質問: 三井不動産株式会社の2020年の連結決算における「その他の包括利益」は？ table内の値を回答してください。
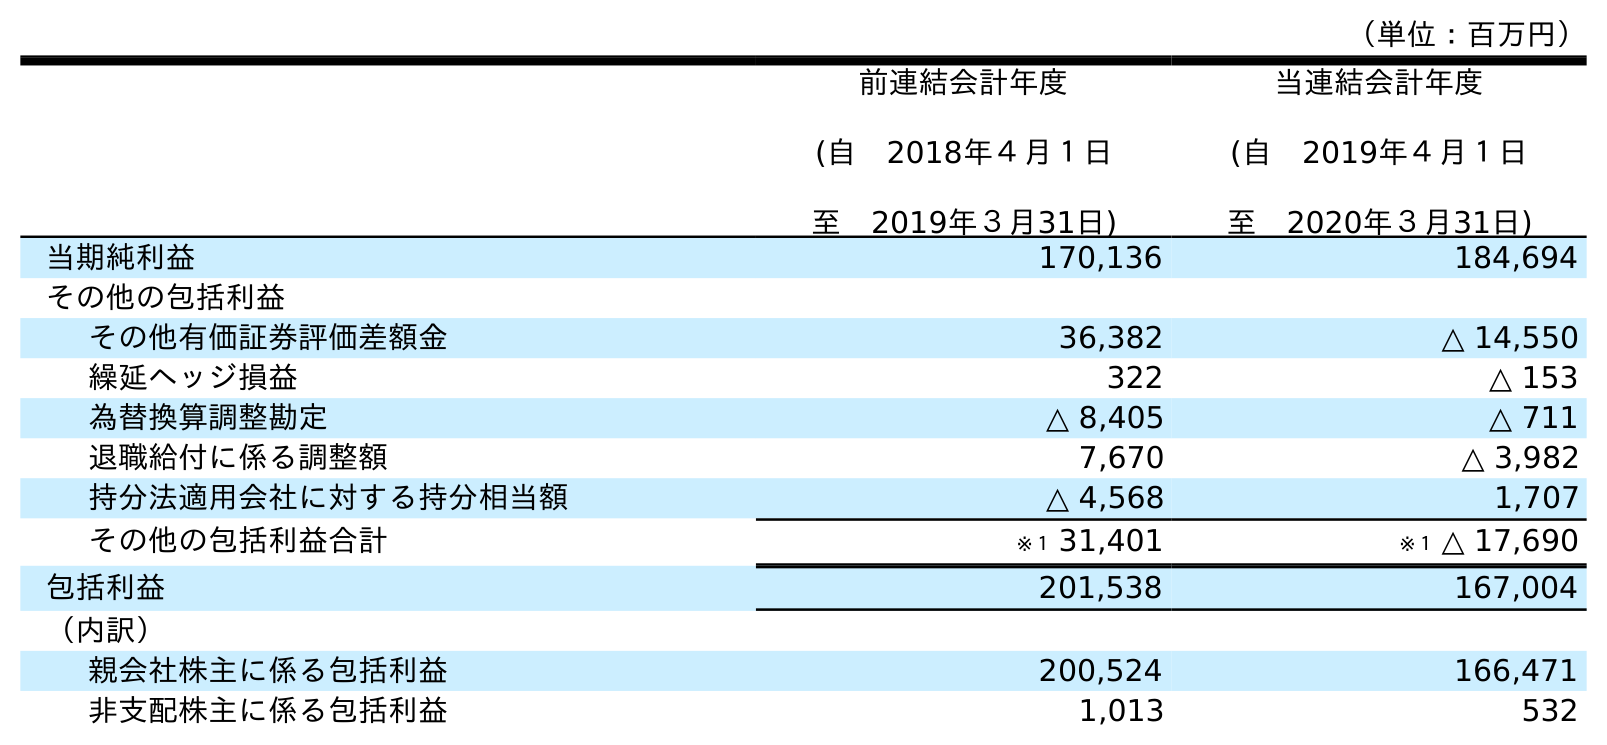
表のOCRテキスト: （単位：百万円） 前連結会計年度 (自 2018年４月１日 至 2019年３月31日) 当連結会計年度 (自 2019年４月１日 至 2020年３月31日) 当期純利益 170,136 184,694 その他の包括利益 その他有価証券評価差額金 36,382 △ 14,550 繰延ヘッジ損益 322 △ 153 為替換算調整勘定 △ 8,405 △ 711 退職給付に係る調整額 7,670 △ 3,982 持分法適用会社に対する持分相当額 △ 4,568 1,707 その他の包括利益合計 ※１ 31,401 ※１ △ 17,690 包括利益 201,538 167,004 （内訳） 親会社株主に係る包括利益 200,524 166,471 非支配株主に係る包括利益 1,013 532
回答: ※１△17,690